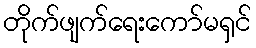
တိုက်ဖျက်ရေးကော်မရှင်